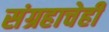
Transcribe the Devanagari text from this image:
संग्रहाचेही